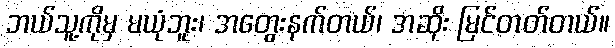
ဘယ်သူ့ကိုမှ မယုံဘူး၊ အတွေးနက်တယ်၊ အဆိုး မြင်တတ်တယ်။